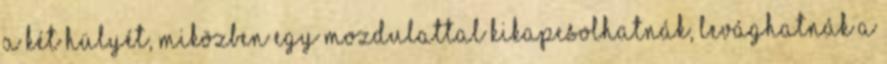
a két hülyét, miközben egy mozdulattal kikapcsolhatnák, levághatnák a